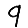
Digit: 9